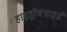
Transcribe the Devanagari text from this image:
हाइड्रॉक्साइडें